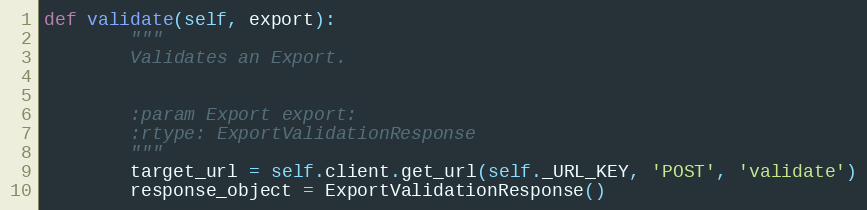
Language: Python
def validate(self, export):
        """
        Validates an Export.

        :param Export export:
        :rtype: ExportValidationResponse
        """
        target_url = self.client.get_url(self._URL_KEY, 'POST', 'validate')
        response_object = ExportValidationResponse()